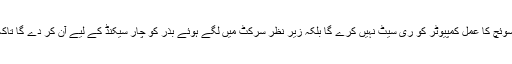
یہ سرکٹ نصب کرنے کے بعد ری سیٹ سوئچ کا عمل کمپیوٹر کو ری سیٹ نہیں کرے گا بلکہ زیر نظر سرکٹ میں لگے ہوئے بذر کو چار سیکنڈ کے لیے آن کر دے گا تاکہ آپ کو ری سیٹ عمل سے آگاہ کر سکے۔